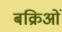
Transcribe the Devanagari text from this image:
बक्रिओं